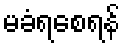
မခံရစေရန်